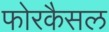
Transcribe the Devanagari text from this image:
फोरकैसल